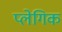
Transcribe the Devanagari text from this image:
प्लेगिक